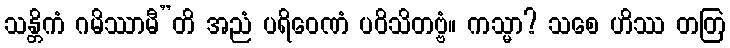
သန္တိကံ ဂမိဿာမီ”တိ အညံ ပရိဝေဏံ ပဝိသိတဗ္ဗံ။ ကသ္မာ? သစေ ဟိဿ တတြ